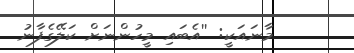
މާނައަކީ: ''އެބައި މީހުންނަށް ކަލޭގެފާނު